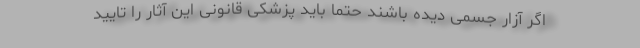
اگر آزار جسمی دیده باشند حتماً باید پزشکی قانونی این آثار را تایید